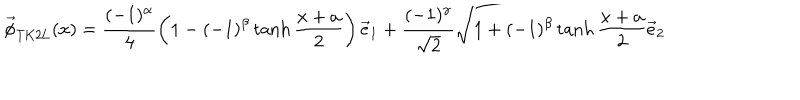
\vec { \phi } _ { \mathrm { T K 2 L } } ( x ) = \frac { ( - 1 ) ^ { \alpha } } { 4 } \left( 1 - ( - 1 ) ^ { \beta } \tanh \frac { x + a } { 2 } \right) \vec { e } _ { 1 } + \frac { ( - 1 ) ^ { \gamma } } { \sqrt { 2 } } \sqrt { 1 + ( - 1 ) ^ { \beta } \tanh \frac { x + a } { 2 } } \vec { e } _ { 2 }